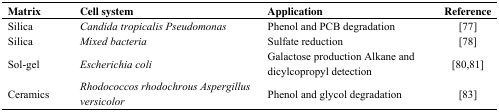
<table><thead><tr><td><b>Matrix</b></td><td><b>Cell system</b></td><td><b>Application</b></td><td><b>Reference</b></td></tr></thead><tbody><tr><td>Silica</td><td><i>Candida tropicalis Pseudomonas</i></td><td>Phenol and PCB degradation</td><td>[77]</td></tr><tr><td>Silica</td><td><i>Mixed bacteria</i></td><td>Sulfate reduction</td><td>[78]</td></tr><tr><td>Sol-gel</td><td><i>Escherichia coli</i></td><td>Galactose production Alkane and dicylcopropyl detection</td><td>[80,81]</td></tr><tr><td>Ceramics</td><td><i>Rhodococcos rhodochrous Aspergillus versicolor</i></td><td>Phenol and glycol degradation</td><td>[83]</td></tr></tbody></table>